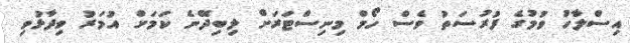
އިސްލާހު ވުމުގެ ފުރުސަތު ވެސް ހޯމް މިނިސްޓަރަށް ލިބިދޭނެ ކަމަށް އުމަރު ވިދާޅުވި